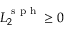
L _ { 2 } ^ { \textrm { s p h } } \geq 0